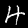
Label: 4